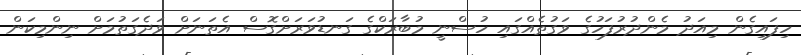
ހިފައިގެން މިއަދު މެންދުރުފަހުގެ ވަގުތެއްގައި ހުސްނީ މުބާރަކްގެ ގަނޑުވަރަށްގޮސް އެތަނަށް ވަދެގަތުމަށް ނިންމިކަން